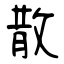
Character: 散